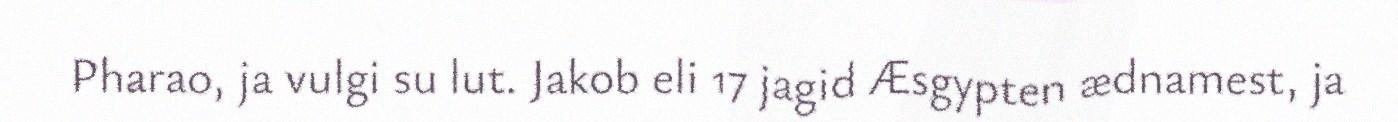
Pharao, ja vulgi su lut. Jakob eli 17 jagid Æsgypten ædnamest, ja